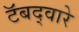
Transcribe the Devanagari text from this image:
टॅबद्वारे